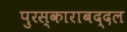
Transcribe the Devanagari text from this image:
पुरस्काराबद्दल